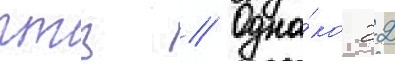
птз // Одна́ко 22